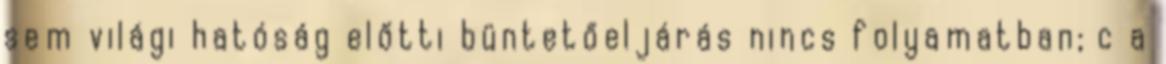
sem világi hatóság előtti büntetőeljárás nincs folyamatban; c a